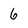
Character: 6